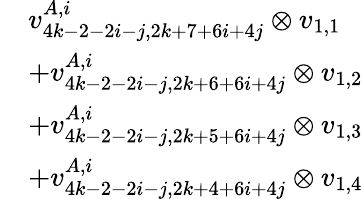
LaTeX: \begin{array}{rl}&{v_{4k-2-2i-j,2k+7+6i+4j}^{A,i}\otimes v_{1,1}}\\ &{+v_{4k-2-2i-j,2k+6+6i+4j}^{A,i}\otimes v_{1,2}}\\ &{+v_{4k-2-2i-j,2k+5+6i+4j}^{A,i}\otimes v_{1,3}}\\ &{+v_{4k-2-2i-j,2k+4+6i+4j}^{A,i}\otimes v_{1,4}}\end{array}